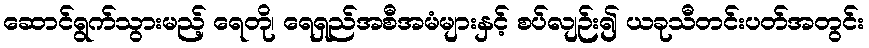
ဆောင်ရွက်သွားမည့် ရေတို၊ ရေရှည်အစီအမံများနှင့် စပ်လျဉ်း၍ ယခုသီတင်းပတ်အတွင်း